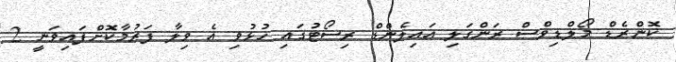
ކޮންރެޑް މޯލްޑިވްސް ރަންގަލި އައިލެންޑް ރިސޯޓުގައި ހުޅުވި އެ ވިލާ ފަރުމާކޮށްފައިވަނީ 2